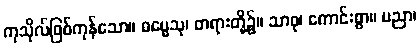
ကုသိုလ်ဖြစ်ကုန်သော။ ဓမ္မေသု၊ တရားတို့၌။ သာဓု၊ ကောင်းစွာ။ ပညာ၊